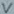
Text: V